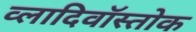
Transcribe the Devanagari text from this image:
व्लादिवॉस्तोक